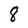
Character: 8